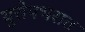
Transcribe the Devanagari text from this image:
युरोपभरात